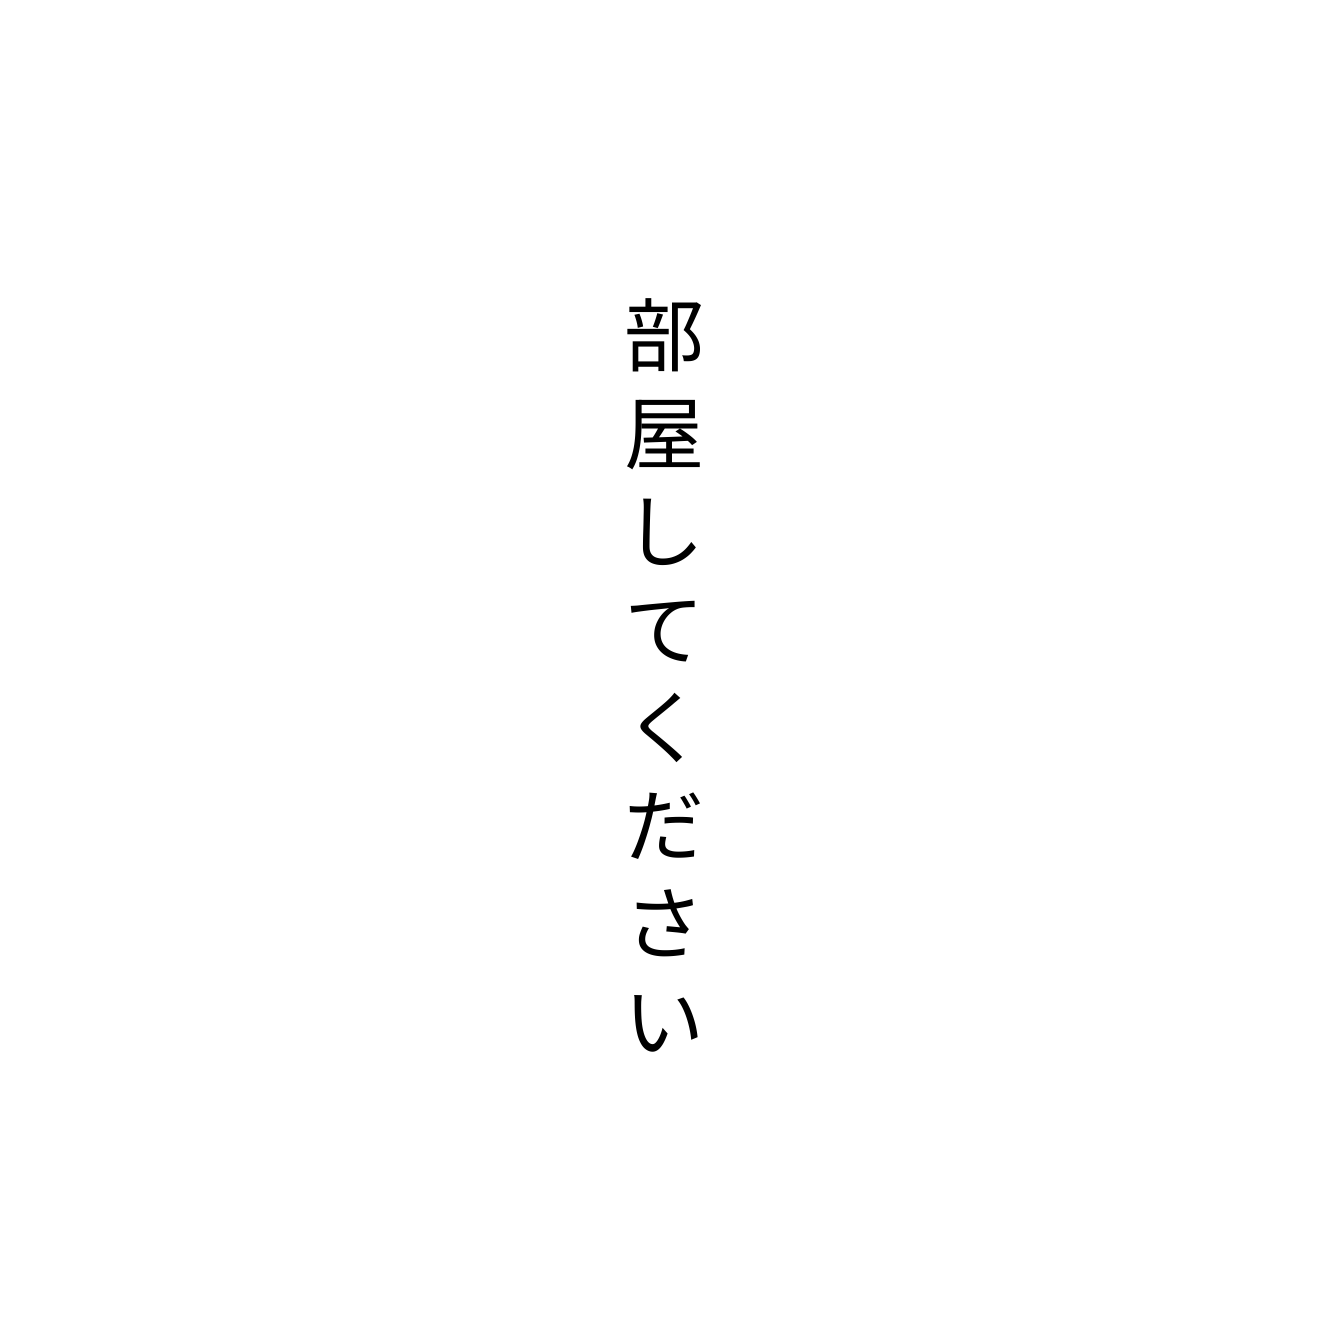
部屋してください